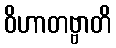
ဝိဟာတဗ္ဗာတိ